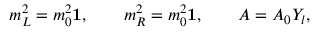
m _ { L } ^ { 2 } = m _ { 0 } ^ { 2 } \mathbf { 1 } , \qquad m _ { R } ^ { 2 } = m _ { 0 } ^ { 2 } \mathbf { 1 } , \qquad A = A _ { 0 } Y _ { l } ,